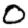
Digit: 0